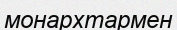
монархтармен